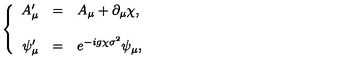
\left\{ \begin{array} { r c l } { A _ { \mu } ^ { \prime } } & { = } & { A _ { \mu } + \partial _ { \mu } \chi , } \\ { } & { } & { } \\ { \psi _ { \mu } ^ { \prime } } & { = } & { e ^ { - i g \chi \sigma ^ { 2 } } \psi _ { \mu } , } \\ \end{array} \right.